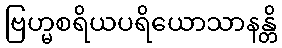
ဗြဟ္မစရိယပရိယောသာနန္တိ